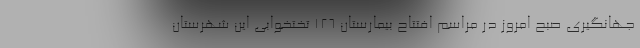
جهانگیری صبح امروز در مراسم افتتاح بیمارستان ۱۲۶ تختخوابی این شهرستان